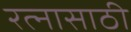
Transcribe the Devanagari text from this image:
रत्‍नासाठी